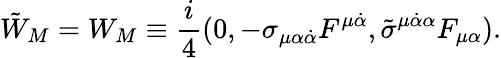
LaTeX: \tilde{W}_{M}=W_{M}\equiv{\frac{i}{4}}(0,-\sigma_{\mu\alpha{\dot{\alpha}}}F^{\mu{\dot{\alpha}}},{\tilde{\sigma}}^{\mu{\dot{\alpha}}\alpha}F_{\mu\alpha}).